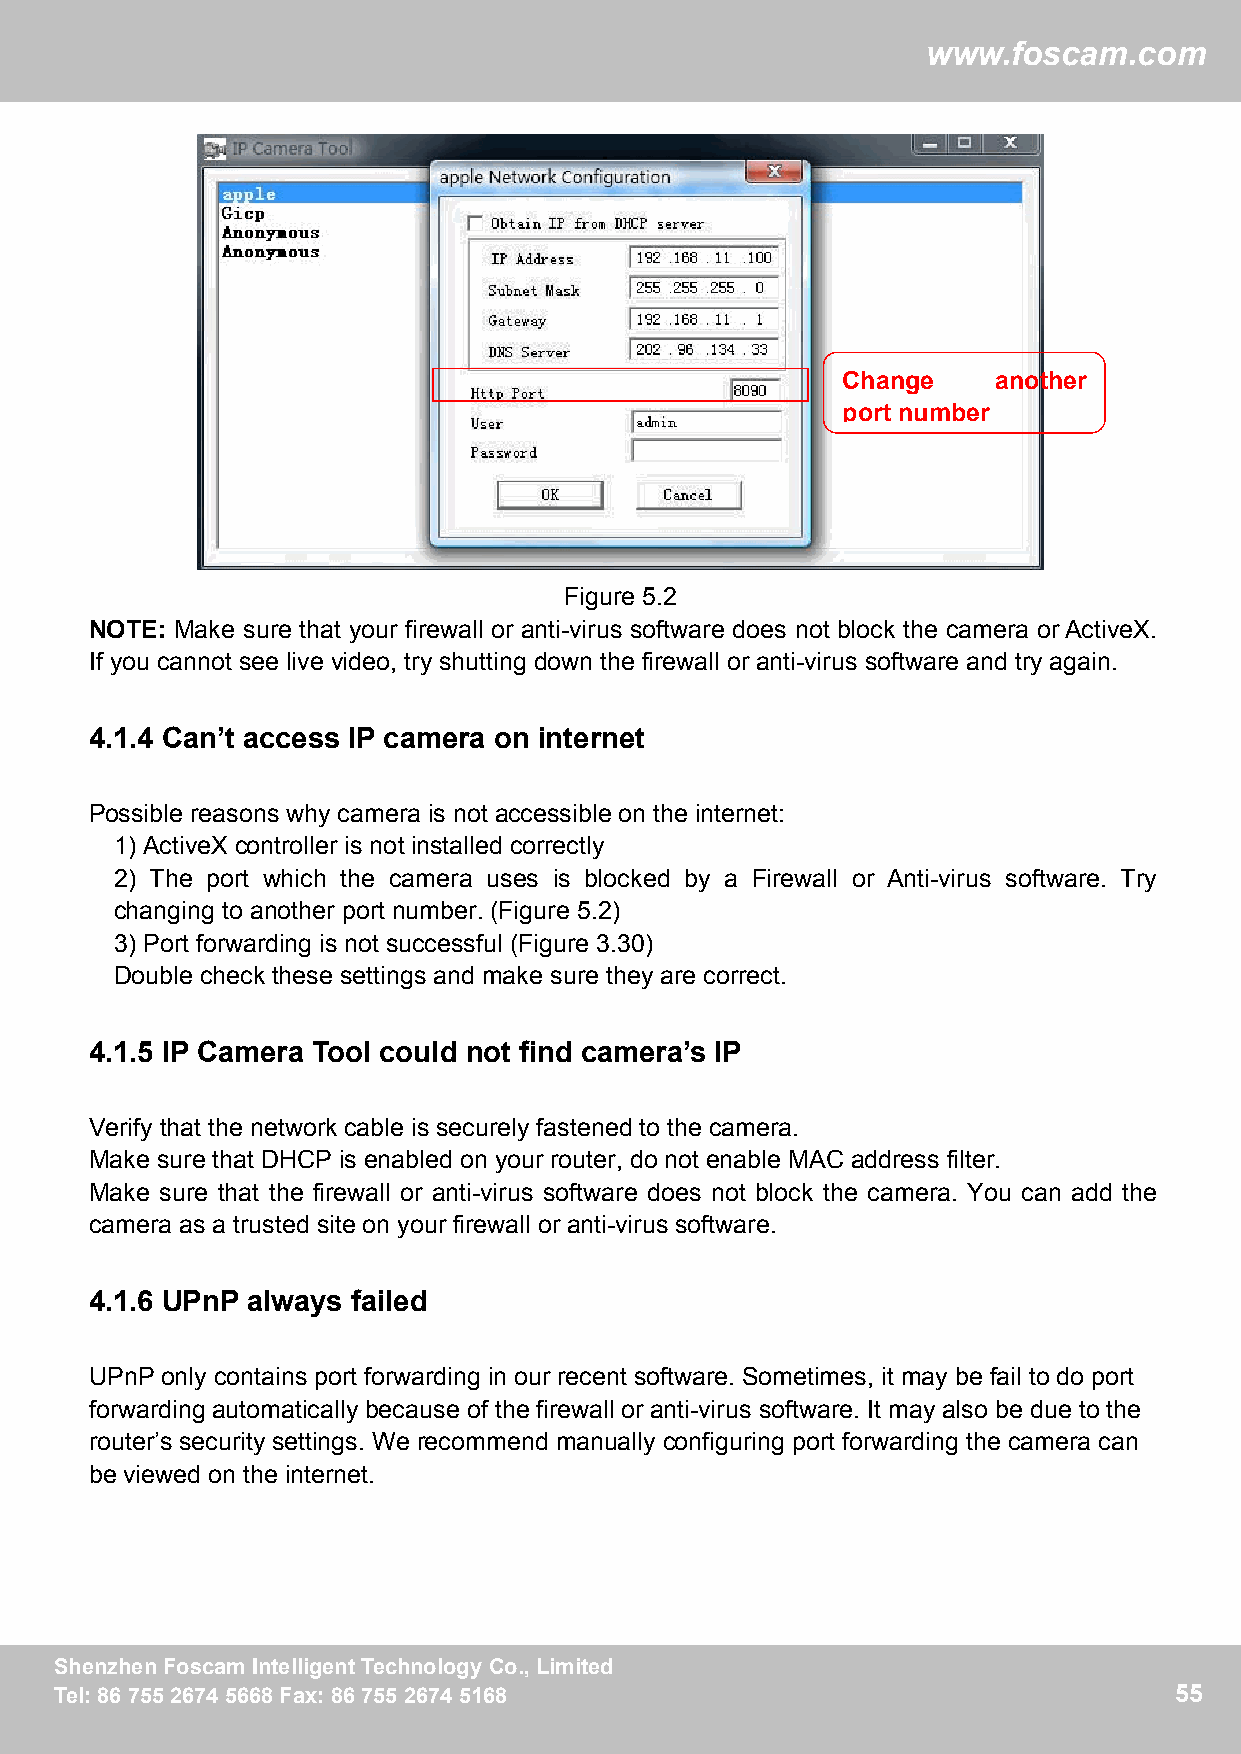
ww
 wwwwww..ffoossccaamm..ccoomm
 Change    another
 port number
 Figure 5.2
 NOTE: Make sure that your firewall or anti-virus software does not block the camera orActiveX.
 If you cannot see live video, try shutting down the firewall or anti-virus software and try again.
 4.1.4 Can’t access IP camera on internet
 Possible reasons why camera is not accessible on the internet:
 1) ActiveX controller is not installed correctly
 2) The port which the camera uses is blocked by a Firewall or Anti-virus software. Try
 changing to another port number. (Figure 5.2)
 3) Port forwarding is not successful (Figure 3.30)
 Double check these settings and make sure they are correct.
 4.1.5 IP Camera Tool could not find camera’s IP
 Verify that the network cable is securely fastened to the camera.
 Make sure that DHCP is enabled on your router, do not enable MAC address filter.
 Make sure that the firewall or anti-virus software does not block the camera. You can add the
 camera as a trusted site on your firewall or anti-virus software.
 4.1.6 UPnP always failed
 UPnP only contains port forwarding in our recent software. Sometimes, it may be fail to do port
 forwarding automatically because of the firewall or anti-virus software. It may also be due to the
 router’s security settings. We recommend manually configuring port forwarding the camera can
 be viewed on the internet.
 SShheennzzhheennFFoossccaammIInntteelllliiggeennttTTeecchhnnoollooggyyCCoo..,,LLiimmiitteedd 55
 TTeell::88667755552266774455666688FFaaxx::88667755552266774455116688      55